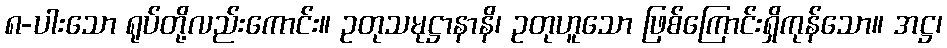
၈-ပါးသော ရုပ်တို့လည်းကောင်း။ ဥတုသမုဋ္ဌာနာနိ၊ ဥတုဟူသော ဖြစ်ကြောင်းရှိကုန်သော။ အဋ္ဌ၊